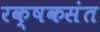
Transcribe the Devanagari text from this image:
रक्षकसंत